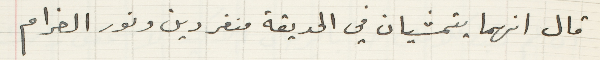
قال انهما يتمشيان في الحديقة منفردين ونور الغرام